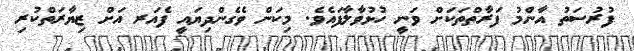
ފުރުސަތު އާންމު ފަރާތްތަކަށް ވަނީ ހުޅުވާލާފައެވެ. މިކަން ވެގެންދިޔައީ ފެއަރ އަށް ޒިޔާރަތްކުރި